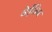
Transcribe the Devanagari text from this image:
वेईब्रिज